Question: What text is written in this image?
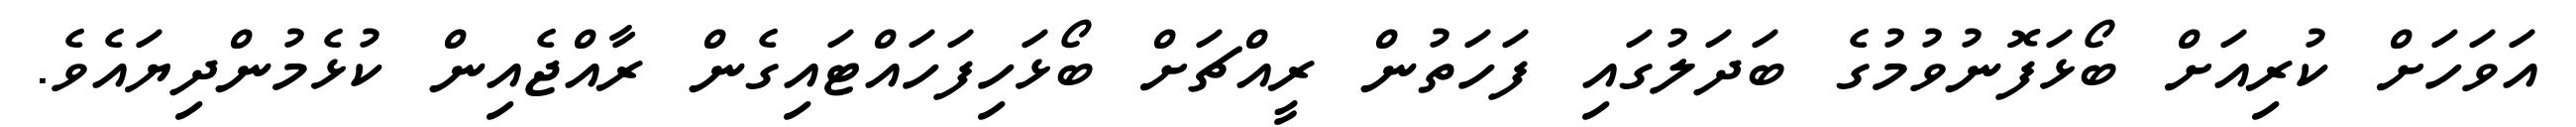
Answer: އަވަހަށް ކުރިއަށް ބޯޅަފޮނުވުމުގެ ބަދަލުގައި ފަހަތުން ރީއްޗަށް ބޯޅަހިފަހައްޓައިގެން ރާއްޖެއިން ކުޅެމުންދިޔައެވެ.